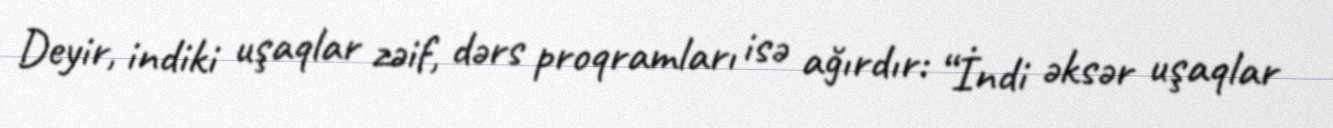
Deyir, indiki uşaqlar zəif, dərs proqramları isə ağırdır: “İndi əksər uşaqlar